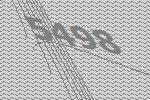
5498